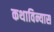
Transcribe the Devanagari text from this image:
कथाविन्यास